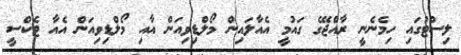
ލިސްޓުގައި ހިމެނެނީ ރާއްޖޭގެ ގައުމީ އެއާލައިން މޯލްޑިވިއަން އާއި މޯލްޑިވިއަން އެއާ ޓެކްސީ